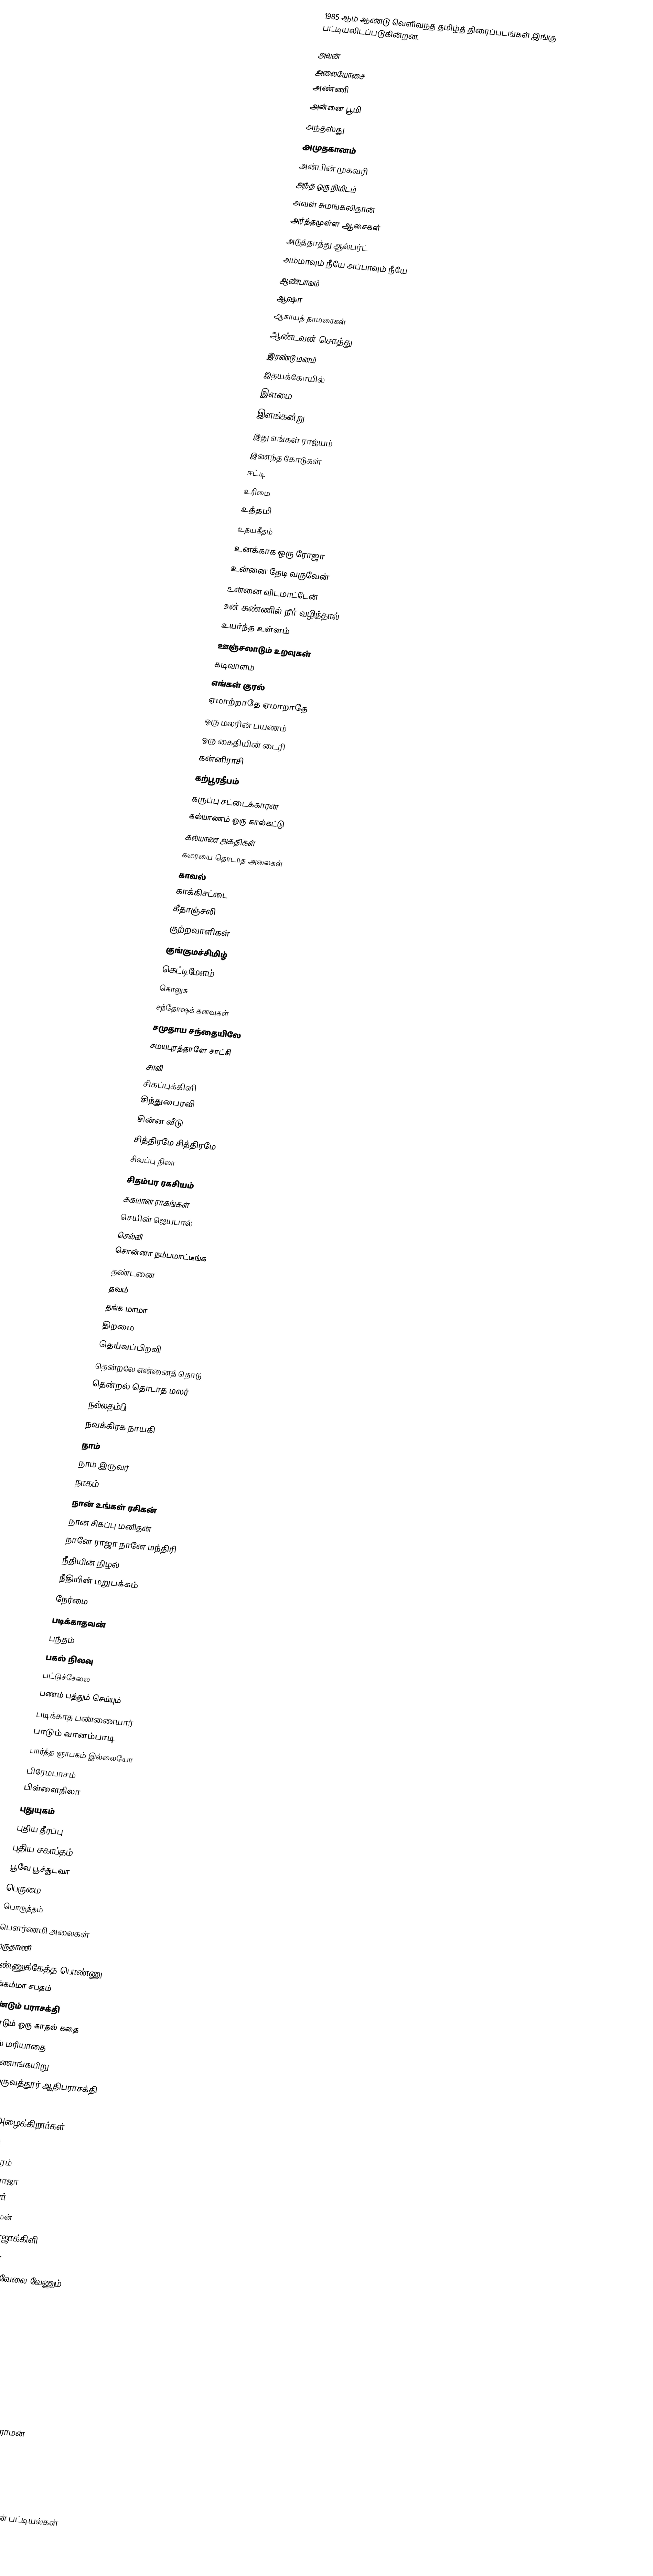
1985 ஆம் ஆண்டு வெளிவந்த தமிழ்த் திரைப்படங்கள் இங்கு பட்டியலிடப்படுகின்றன.

அவன்
அலையோசை
அண்ணி
அன்னை பூமி
அந்தஸ்து
அமுதகானம்
அன்பின் முகவரி
அந்த ஒரு நிமிடம்
அவள் சுமங்கலிதான்
அர்த்தமுள்ள ஆசைகள்
அடுத்தாத்து ஆல்பர்ட்
அம்மாவும் நீயே அப்பாவும் நீயே
ஆண்பாவம்
ஆஷா
ஆகாயத் தாமரைகள்
ஆண்டவன் சொத்து
இரண்டு மனம்
இதயக்கோயில்
இளமை
இளங்கன்று
இது எங்கள் ராஜ்யம்
இணந்த கோடுகள்
ஈட்டி
உரிமை
உத்தமி
உதயகீதம்
உனக்காக ஒரு ரோஜா
உன்னை தேடி வருவேன்
உன்னை விடமாட்டேன்
உன் கண்ணில் நீர் வழிந்தால்
உயர்ந்த உள்ளம்
ஊஞ்சலாடும் உறவுகள்
கடிவாளம்
எங்கள் குரல்
ஏமாற்றாதே ஏமாறாதே
ஒரு மலரின் பயணம்
ஒரு கைதியின் டைரி
கன்னிராசி
கற்பூரதீபம்
கருப்பு சட்டைக்காரன்
கல்யாணம் ஒரு கால்கட்டு
கல்யாண அகதிகள்
கரையை தொடாத அலைகள்
காவல்
காக்கிசட்டை
கீதாஞ்சலி
குற்றவாளிகள்
குங்குமச்சிமிழ்
கெட்டிமேளம்
கொலுசு
சந்தோஷக் கனவுகள்
சமுதாய சந்தையிலே
சமயபுரத்தாளே சாட்சி
சாவி
சிகப்புக்கிளி
சிந்துபைரவி
சின்ன வீடு
சித்திரமே சித்திரமே
சிவப்பு நிலா
சிதம்பர ரகசியம்
சுகமான ராகங்கள்
செயின் ஜெயபால்
செல்வி
சொன்னா நம்பமாட்டீங்க
தண்டனை
தவம்
தங்க மாமா
திறமை
தெய்வப்பிறவி
தென்றலே என்னைத் தொடு
தென்றல் தொடாத மலர்
நல்லதம்பி
நவக்கிரக நாயகி
நாம்
நாம் இருவர்
நாகம்
நான் உங்கள் ரசிகன்
நான் சிகப்பு மனிதன்
நானே ராஜா நானே மந்திரி
நீதியின் நிழல்
நீதியின் மறுபக்கம்
நேர்மை
படிக்காதவன்
பந்தம்
பகல் நிலவு
பட்டுச்சேலை
பணம் பத்தும் செய்யும்
படிக்காத பண்ணையார்
பாடும் வானம்பாடி
பார்த்த ஞாபகம் இல்லையோ
பிரேமபாசம்
பிள்ளைநிலா
புதுயுகம்
புதிய தீர்ப்பு
புதிய சகாப்தம்
பூவே பூச்சூடவா
பெருமை
பொருத்தம்
பௌர்ணமி அலைகள்
மருதாணி
மண்ணுக்கேத்த பொண்ணு
மங்கம்மா சபதம்
மீண்டும் பராசக்தி
மீண்டும் ஒரு காதல் கதை
முதல் மரியாதை
மூக்கணாங்கயிறு
மேல்மருவத்தூர் ஆதிபராசக்தி
யார்
யாரோ அழைக்கிறார்கள்
ராஜரிஷி
ராஜகோபுரம்
ராஜா யுவராஜா
ராகவேந்திரர்
ராமன் சிறீ ராமன்
ராஜாத்தி ரோஜாக்கிளி
விலாங்கு மீன்
விஸ்வனாதன் வேலை வேணும்
வீரன்
வீட்டுக்காரி
வெற்றிக்கனி
வெள்ளை மனசு
வேலி
வேஷம்
ஜனனி
ஜப்பானில் கல்யாண ராமன்
ஜான்சி
ஹலோ யார் பேசறது
ஹேமாவின் காதலர்கள்

தமிழ்த் திரைப்படங்களின் பட்டியல்கள்